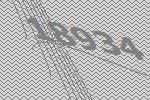
18934